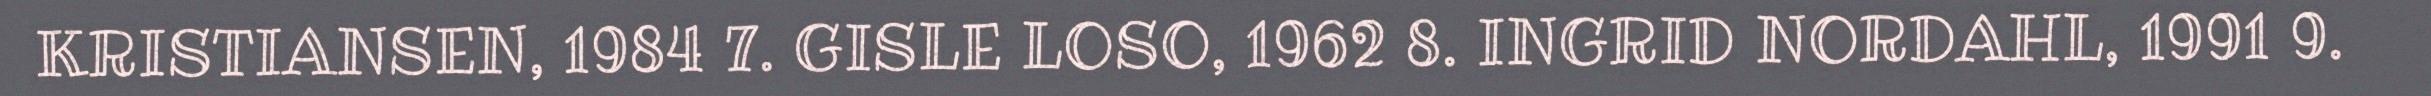
KRISTIANSEN, 1984 7. GISLE LOSO, 1962 8. INGRID NORDAHL, 1991 9.